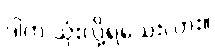
ဒါက သုံးလို့ရသေးလား။